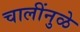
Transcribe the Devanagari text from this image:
चालींनुळे